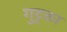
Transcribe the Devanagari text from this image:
गुट्टका